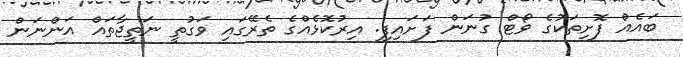
ބައެއް ފޮށިތަކުގެ ވޯޓް ގުނަން ފަށައިފި. އިރުކޮޅެއްގެ ތެރޭގައި ވަގުތީ ނަތީޖާތައް އަންނަން